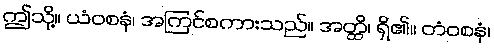
ဤသို့။ ယံဝစနံ၊ အကြင်စကားသည်။ အတ္ထိ၊ ရှိ၏။ တံဝစနံ၊